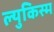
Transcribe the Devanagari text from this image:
ल्युकिस्म